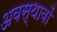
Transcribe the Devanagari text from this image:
अवस्थावों